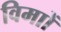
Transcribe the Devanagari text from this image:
विमाों